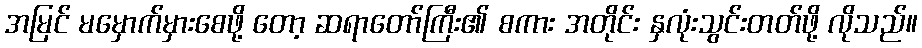
အမြင် မမှောက်မှားစေဖို့ တော့ ဆရာတော်ကြီး၏ စကား အတိုင်း နှလုံးသွင်းတတ်ဖို့ လိုသည်။